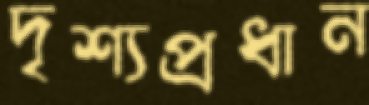
দৃশ্যপ্রধান